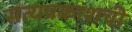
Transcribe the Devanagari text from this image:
सत्यप्रकाशची